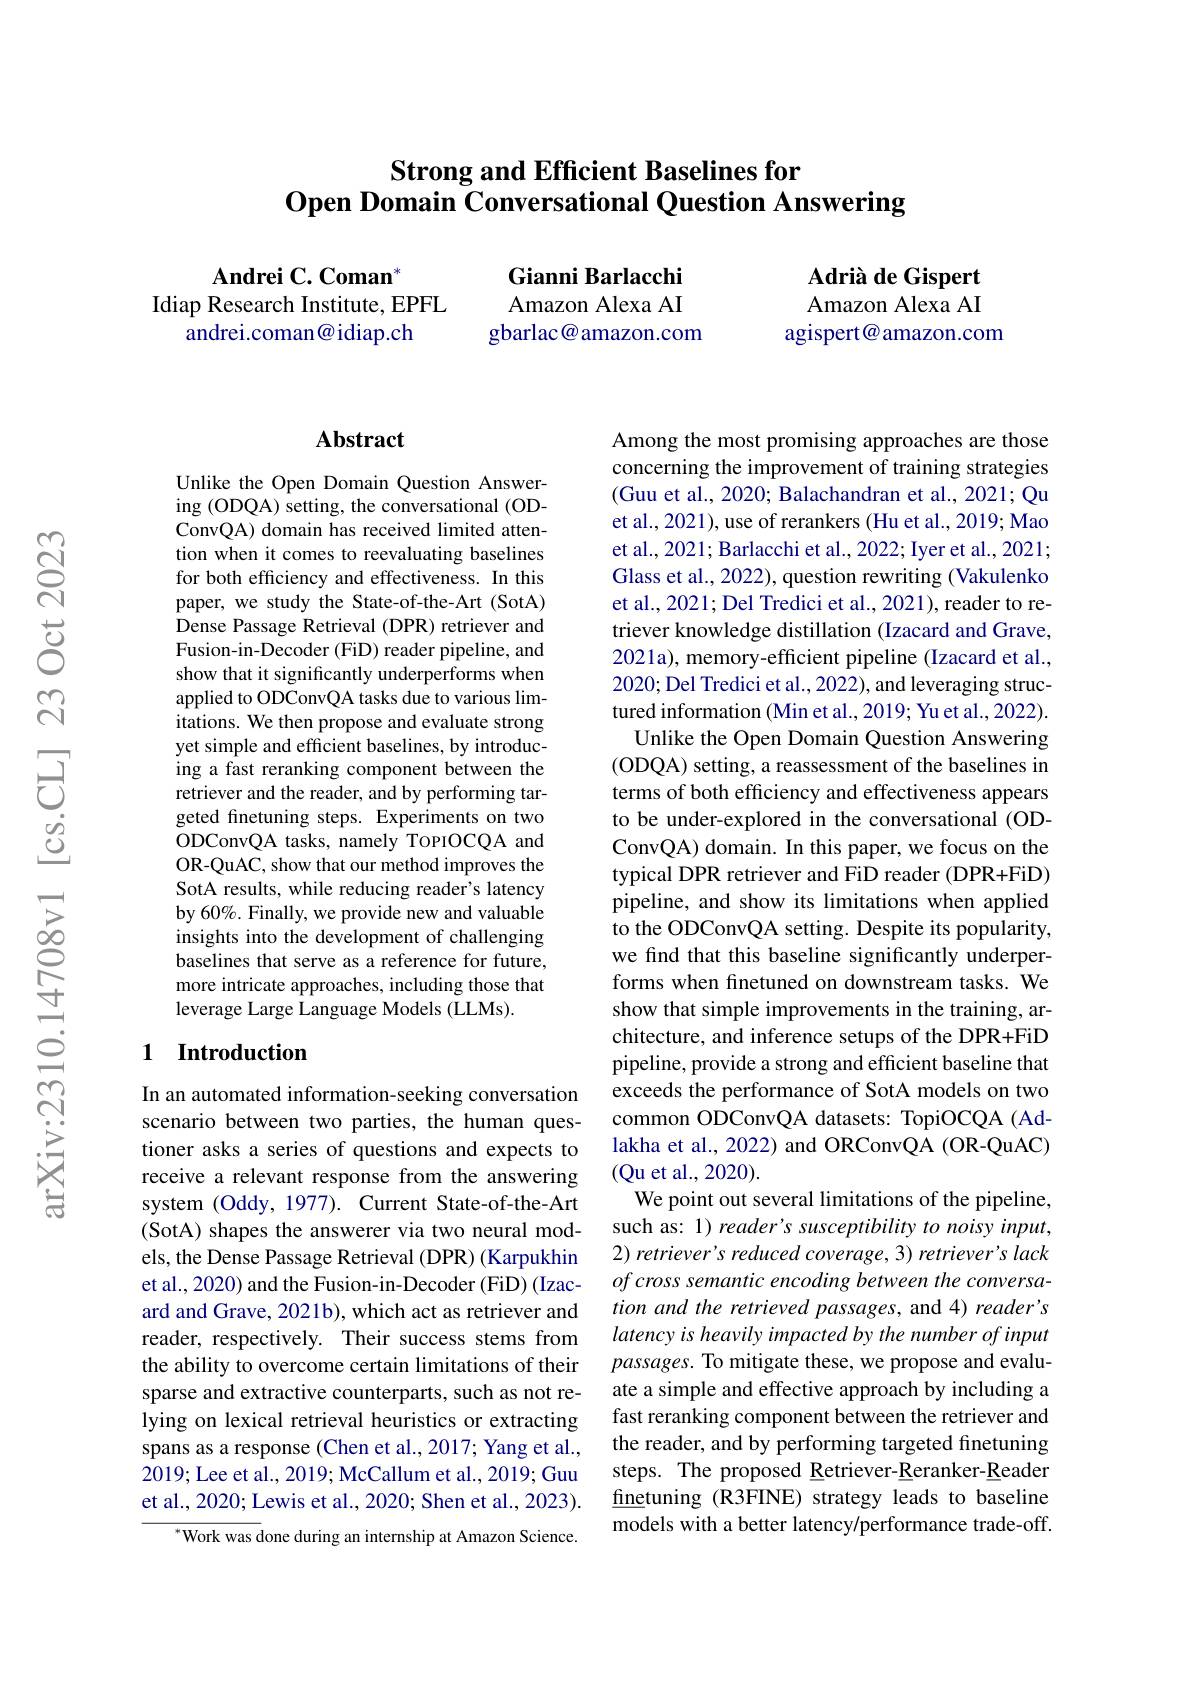
# Strong and Efficient Baselines for $\textbf{Open Domain Conversational Question Answering}$

$\mathbf{AndreiC.Coman}^{*}$
Idiap Research Institute, EPFL
andrei.coman@idiap.ch

Gianni Barlacchi Amazon Alexa AI gbarlac@amazon.com

Adrià de Gispert Amazon Alexa AI
agispert@amazon.com

## Abstract

Unlike the Open Domain Question Answering (ODQA) setting, the conversational (ODConvQA) domain has received limited attention when it comes to reevaluating baselines for both efficiency and effectiveness. In this paper, we study the State-of-the-Art (SotA) Dense Passage Retrieval (DPR) retriever and Fusion-in-Decoder (FiD) reader pipeline, and show that it significantly underperforms when applied to ODConvQA tasks due to various limitations. We then propose and evaluate strong yet simple and efficient baselines, by introducing a fast reranking component between the retriever and the reader, and by performing targeted finetuning steps. Experiments on two ODConvQA tasks, namely TopIOCQA and OR-QuAC, show that our method improves the SotA results, while reducing reader's latency by 60%. Finally, we provide new and valuable insights into the development of challenging baselines that serve as a reference for future, more intricate approaches, including those that leverage Large Language Models (LLMs).

### 1 Introduction

In an automated information-seeking conversation scenario between two parties, the human questioner asks a series of questions and expects to receive a relevant response from the answering system (Oddy, 1977). Current State-of-the-Art (SotA) shapes the answerer via two neural models, the Dense Passage Retrieval (DPR) (Karpukhin et al., 2020) and the Fusion-in-Decoder (FiD) (Izacard and Grave, 2021b), which act as retriever and reader, respectively. Their success stems from the ability to overcome certain limitations of their sparse and extractive counterparts, such as not relying on lexical retrieval heuristics or extracting spans as a response (Chen et al., 2017; Yang et al., 2019; Lee et al., 2019; McCallum et al., 2019; Guu et al., 2020; Lewis et al., 2020; Shen et al., 2023).

$^{*}$Work was done during an internship at Amazon Science.

Among the most promising approaches are those concerning the improvement of training strategies (Guu et al., 2020; Balachandran et al., 2021; Qu et al., 2021), use of rerankers (Hu et al., 2019; Mao et al., 2021; Barlacchi et al., 2022; Iyer et al., 2021; Glass et al., 2022), question rewriting (Vakulenko et al., 2021; Del Tredici et al., 2021), reader to retriever knowledge distillation (Izacard and Grave, 2021a), memory-efficient pipeline (Izacard et al., 2020; Del Tredici et al., 2022), and leveraging structured information (Min et al., 2019; Yu et al., 2022). Unlike the Open Domain Question Answering
(ODQA) setting, a reassessment of the baselines in terms of both efficiency and effectiveness appears to be under-explored in the conversational (ODConvQA) domain. In this paper, we focus on the typical DPR retriever and FiD reader (DPR+FiD) pipeline, and show its limitations when applied to the ODConvQA setting. Despite its popularity, we find that this baseline significantly underperforms when finetuned on downstream tasks. We show that simple improvements in the training, architecture, and inference setups of the DPR+FiD pipeline, provide a strong and efficient baseline that exceeds the performance of SotA models on two common ODConvQA datasets: TopiOCQA (Adlakha et al., 2022) and ORConvQA (OR-QuAC) (Qu et al., 2020).
We point out several limitations of the pipeline, such as: 1) reader's susceptibility to noisy input, $2) \textit{retriever' s reduced coverage, 3) retriever' s lack}$ of cross semantic encoding between the conversation and the retrieved passages, and 4) reader's latency is heavily impacted by the number of input passages. To mitigate these, we propose and evaluate a simple and effective approach by including a fast reranking component between the retriever and the reader, and by performing targeted finetuning steps. The proposed Retriever-Reranker-Reader finetuning (R3FINE) strategy leads to baseline models with a better latency/performance trade-off.